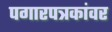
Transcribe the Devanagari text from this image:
पगारपत्रकांवर